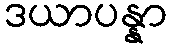
ဒယာပန္နာ